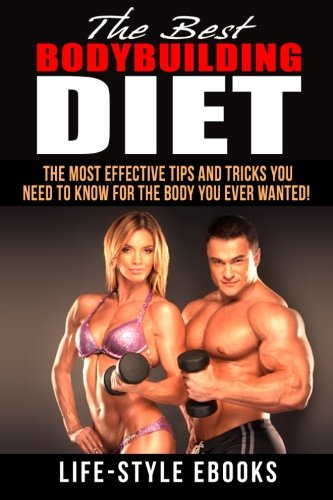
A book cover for BODYBUILDING: The Best BODYBUILDING DIET - The Most Effective Tips And Tricks You Need To Know For The Body You Ever Wanted: (bodybuilding, bodybuilding diet, bodyweight train, bodybuilding nutrition); Life -Style; Health, Fitness & Dieting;